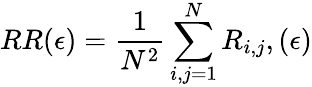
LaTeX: RR(\epsilon)=\frac{1}{N^{2}}\sum_{i,j=1}^{N}R_{i,j},(\epsilon)